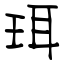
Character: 珥